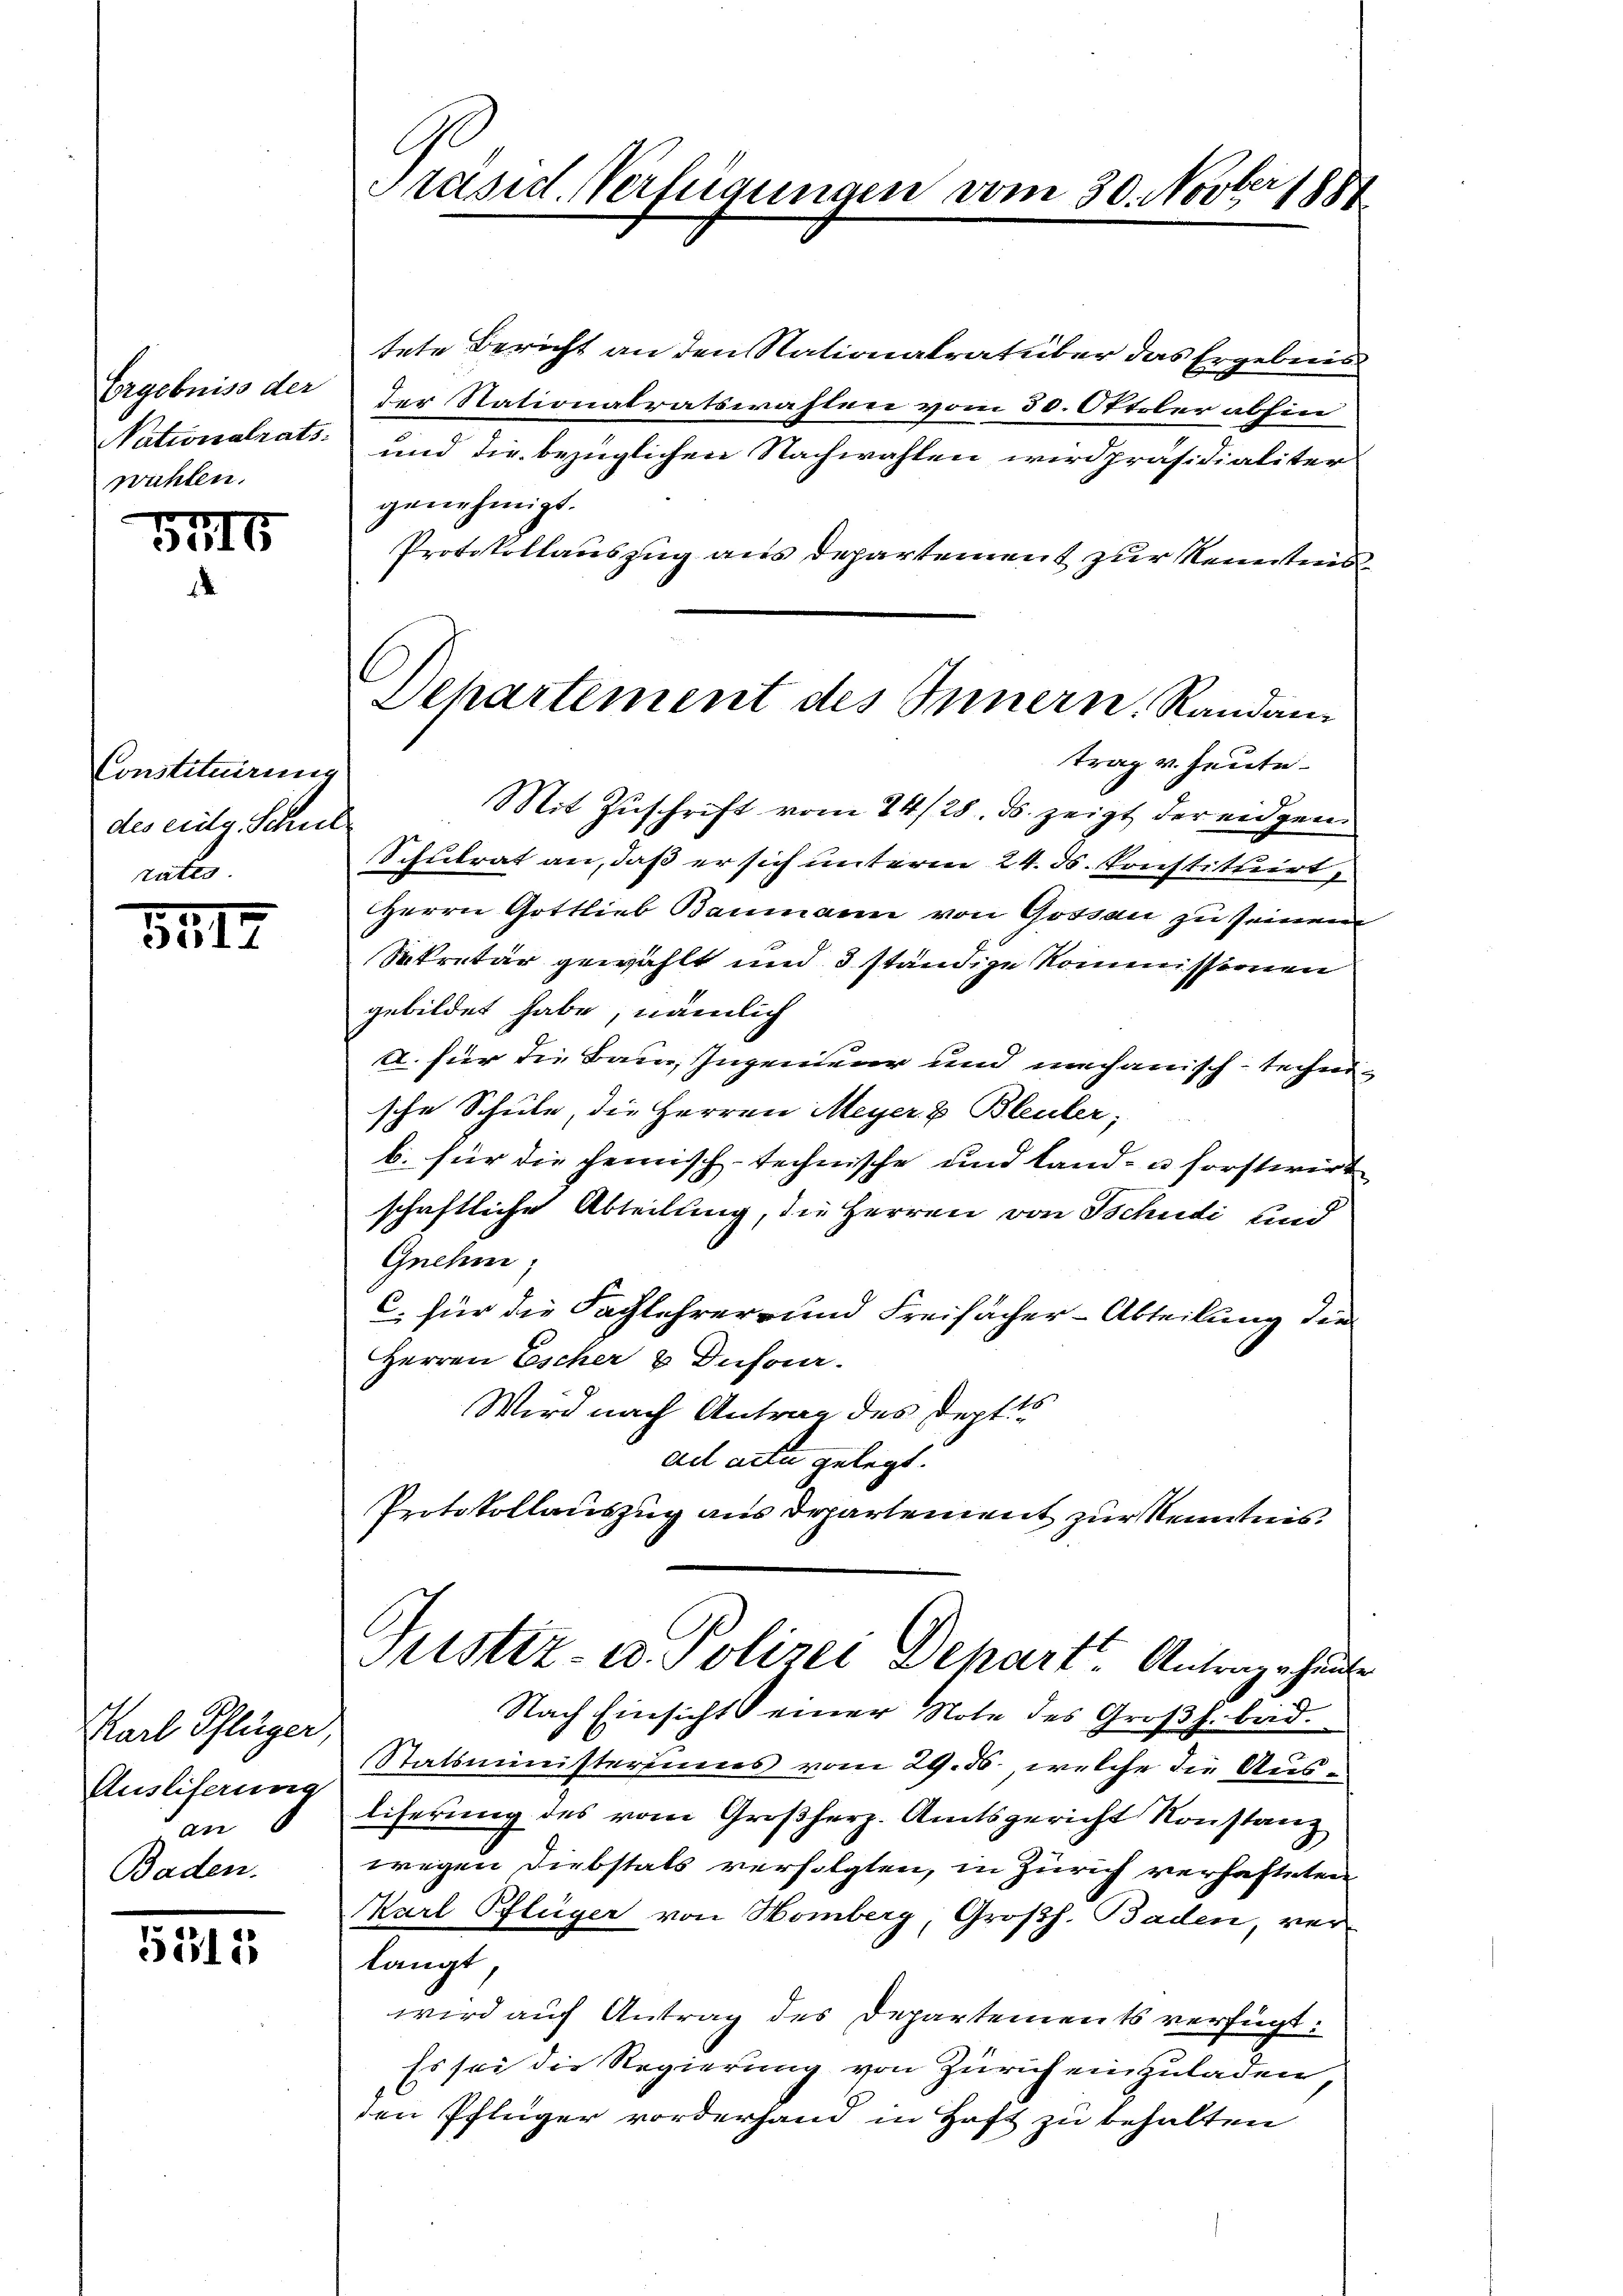
Ergebniss der
wühlen.

5116

Constituirung
des eidg. Schn

3517

Karl Schlüger,
Ausliferung
An
Baden.

5315

f

Präsid. Verfügungen

tete Bericht an den Nationalrat über das Ergebnis
der Stationalratswahlen vom 30. Oktober abhin
Nationalrats: und die bezüglichen Nachwahlen wird präsidialiter
genehmigt.
Protokollauszug aus Departement zur Kenntnis¬
Mit Zuschrift vom 14/28. ds. zeigt der eidgen
Schulrat an, daß er sich unterm 24. ds. konstituirt,
Herrn Gottlieb Baumann von Gossau zu seinem
Sekretär gewählt und 3 ständige Kommissionen
gebildet habe, nämlich
U. für die Bau Ingenieur und mechanisch-technische Schule, die Herren Meyer & Bleuler,
b. für die heimisch-technische und Land- u forstwirt
schaftliche Abteilung, die Herren von Tschudi und
Gnehm
C. für die Fachlehrer- und Freifacher-Abteilung die
Herren Escher & Dufour.
Wird nach Antrag des Sept
ad acta gelegt.
Protokollauszug aus Departement zur Kenntnis.
Justiz- u. Polizei Dehart Antrage heute
Nach Einsicht einer Note des Großh. bad.
Statsministeriums vom 29. ds., welche die Ausliferung des vom Großherz. Amtsgericht Konstanz
wegen Diebstals verfolgten, in Zürich verhafteten
Karl Pflüger von Homberg, Großh. Baden, verlangt,
wird auf Antrag des Departements verfügt:
Es sei die Regierung von Zürich einzuladen,
den Pflüger vorderhand in Haft zu behalten

Departement des Innern. Randam
trag u. heute.

vom 30. Novber 1881